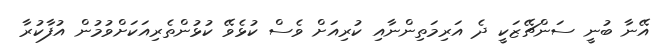
އޭނާ ބުނީ ސަންޗޭޒަކީ ދެ އަރިމަތިންނާއި ކުރިއަށް ވެސް ކުޅެވޭ ކުޅުންތެރިއަކަށްވުމުން އުފާކުރާ